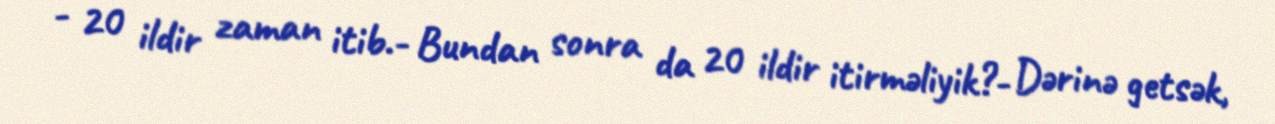
- 20 ildir zaman itib.- Bundan sonra da 20 ildir itirməliyik?- Dərinə getsək,